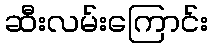
ဆီးလမ်းကြောင်း